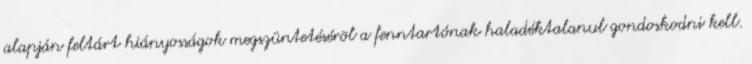
alapján feltárt hiányosságok megszüntetésérõl a fenntartónak haladéktalanul gondoskodni kell.